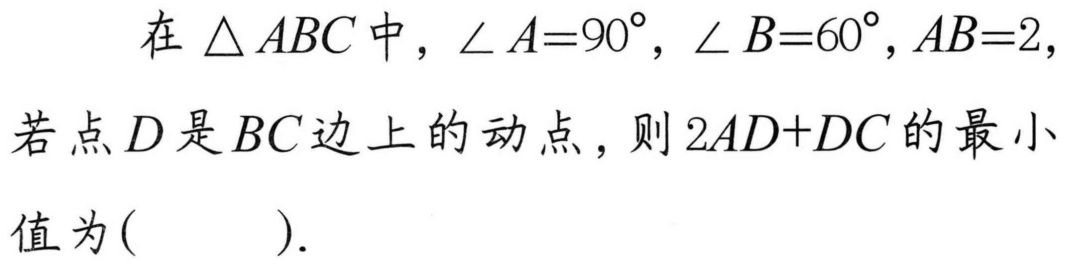
在\(\triangle ABC\)中，\(\angle A = 90^{\circ}\)，\(\angle B = 60^{\circ}\)，\(AB = 2\)，若点\(D\)是\(BC\)边上的动点，则\(2AD + DC\)的最小值为(  ).